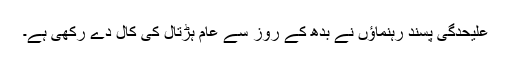
علیحدگی پسند رہنماؤں نے بدھ کے روز سے عام ہڑتال کی کال دے رکھی ہے۔